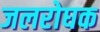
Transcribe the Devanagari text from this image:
जलरोघक